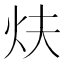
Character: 𤆮